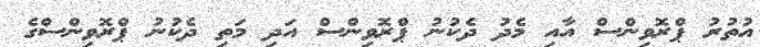
އުތުރު ޕްރޮވިންސް އާއި މެދު ދެކުނު ޕްރޮވިންސް އަދި މަތި ދެކުނު ޕްރޮވިންސްގެ